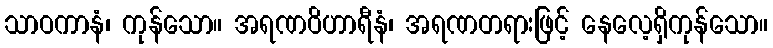
သာဝကာနံ၊ ကုန်သော။ အရဏဝိဟာရီနံ၊ အရဏတရားဖြင့် နေလေ့ရှိကုန်သော။